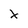
Character: x